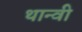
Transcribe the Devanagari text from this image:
थान्वी